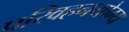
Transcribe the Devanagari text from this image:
परिवहनयोग्य